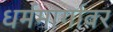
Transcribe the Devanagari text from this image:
धर्ममार्गावर